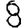
Digit: 8